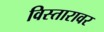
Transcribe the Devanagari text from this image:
विस्तारावर